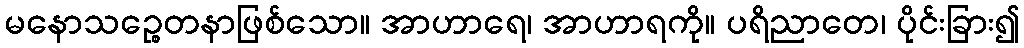
မနောသဉ္စေတနာဖြစ်သော။ အာဟာရေ၊ အာဟာရကို။ ပရိညာတေ၊ ပိုင်းခြား၍